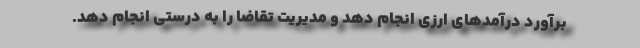
برآورد درآمدهای ارزی انجام دهد و مدیریت تقاضا را به درستی انجام دهد.